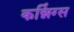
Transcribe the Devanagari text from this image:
कन्निंग्स